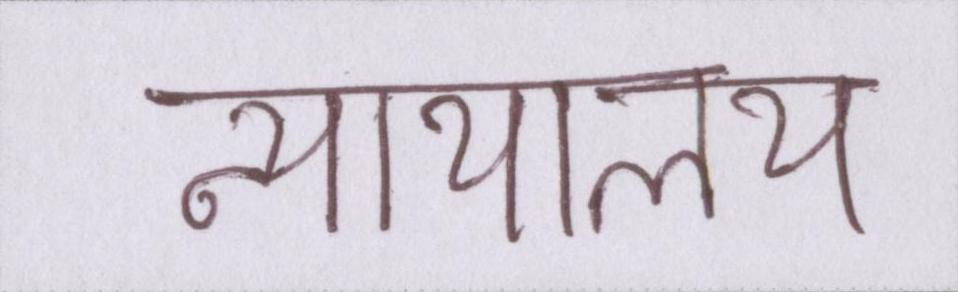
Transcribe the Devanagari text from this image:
न्यायालय